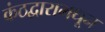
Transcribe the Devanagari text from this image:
कंठद्वारामधून